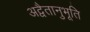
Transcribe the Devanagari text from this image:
अद्वैतानुभूति